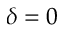
\delta = 0